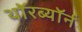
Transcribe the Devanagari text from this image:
थॉरब्यॉर्न